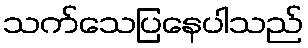
သက်သေပြနေပါသည်